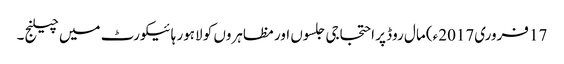
17 فروری2017ء) مال روڈ پر احتجاجی جلسوں اور مظاہروں کو لاہور ہائیکورٹ میں چیلنج ۔